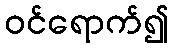
ဝင်ရောက်၍